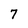
Character: 7